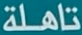
تاهلة